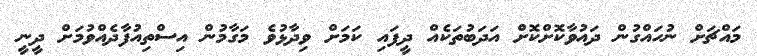
މައްޗަށް ނުހައްގުން ދައުވާކޮށްކޮށް އަދަބުތަކެއް ދީފައި ކަމަށް ވިދާޅުވެ މަގާމުން އިސްތިއުފާދެއްވުމަށް ދީނީ